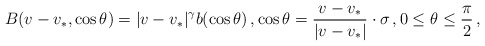
\begin{align*}B(v-v_*, \cos \theta)= |v-v_*|^\gamma b(\cos \theta)\,, \cos \theta= \frac{v-v_*}{|v-v_*|}\cdot \sigma\,, 0\leq \theta \leq \frac{\pi}{2}\,,\end{align*}